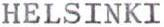
HELSINKI